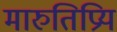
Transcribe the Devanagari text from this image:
मारुतिप्रिय